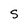
Character: S